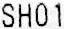
SH01